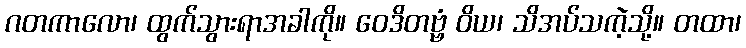
ဂတကာလော၊ ထွက်သွားရာအခါကို။ ဝေဒိတဗ္ဗံ ဝိယ၊ သိအပ်သကဲ့သို့။ တထာ၊